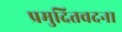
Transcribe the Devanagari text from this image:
प्रमुदितवदना